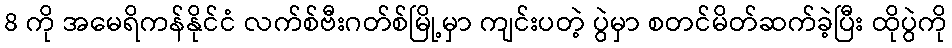
8 ကို အမေရိကန်နိုင်ငံ လက်စ်ဗီးဂတ်စ်မြို့မှာ ကျင်းပတဲ့ ပွဲမှာ စတင်မိတ်ဆက်ခဲ့ပြီး ထိုပွဲကို